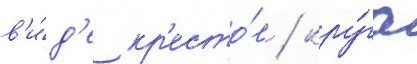
в'и́д'е кр'есто́в / кру́га